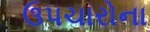
ઉપચારોના